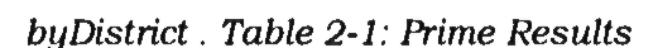
byDistrict . Table 2-1: Prime Results